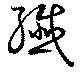
繊